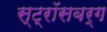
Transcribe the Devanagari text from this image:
स्ट्रॉसबर्ग